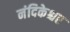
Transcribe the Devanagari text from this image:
नंदिकेश्चर